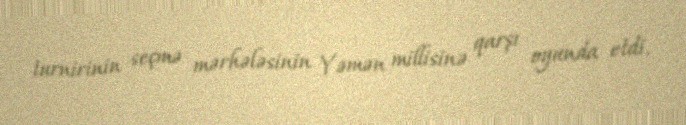
turnirinin seçmə mərhələsinin Yəmən millisinə qarşı oyunda etdi.